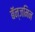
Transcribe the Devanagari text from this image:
बॅन्जमिन